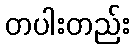
တပါးတည်း